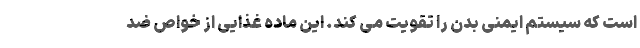
است که سیستم ایمنی بدن را تقویت می کند. این ماده غذایی از خواص ضد